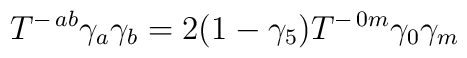
T^{-\, ab} \gamma_a \gamma_b = 2(1 - \gamma_5) T^{-\, 0m} \gamma_0 \gamma_m